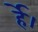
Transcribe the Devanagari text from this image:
र्हे।